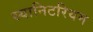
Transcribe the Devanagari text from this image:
स्यानिटरियम